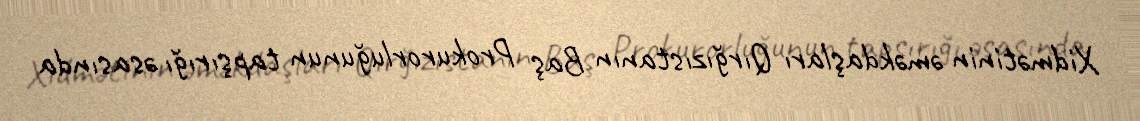
Xidmətinin əməkdaşları Qırğızıstanın Baş Prokurorluğunun tapşırığı əsasında